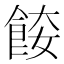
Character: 𩛌